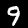
Label: 9